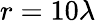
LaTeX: r=10\lambda